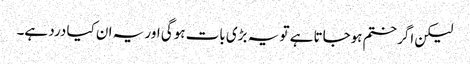
لیکن اگر ختم ہوجاتا ہے تو یہ بڑی بات ہوگی اور یہ ان کیا درد ہے۔